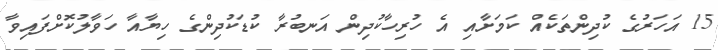
15 އަހަރުގެ ކުދިންތަކެއް ކަމަށާއި އެ ހުރިހާކުދިން އަނބުރާ ކުޑަކުދިންގެ ހިޔާއާ ހަވާލުކޮށްފައިވާ